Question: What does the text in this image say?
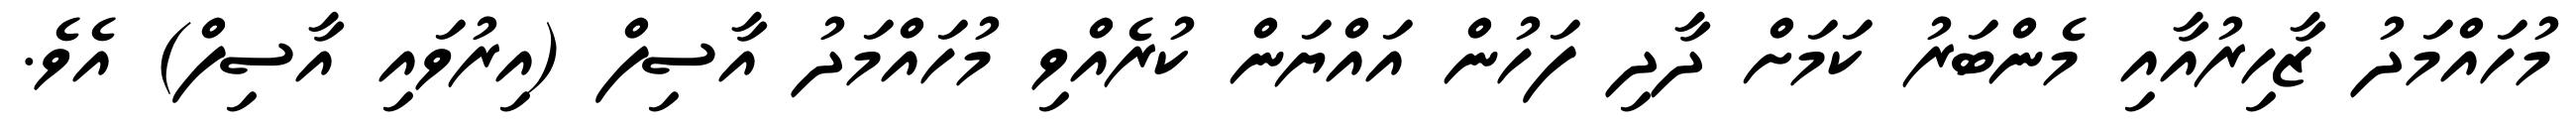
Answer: މުހައްމަދު ޒާހިރުއާއި މެންބަރު ކަމަށް ދާދި ފަހުން އައްޔަން ކުރެއްވި މުހައްމަދު އާސިފް (އިރުވައި އާސިފް) އެވެ.